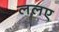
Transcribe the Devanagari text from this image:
ललए